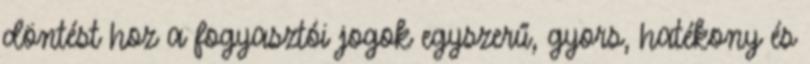
döntést hoz a fogyasztói jogok egyszerű, gyors, hatékony és